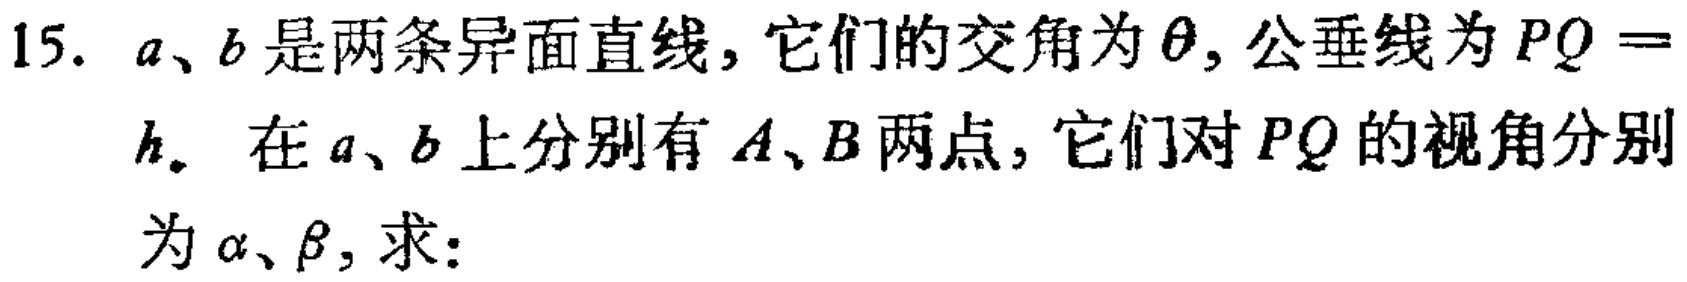
15. \(a、b\)是两条异面直线，它们的交角为\(\theta\)，公垂线为\(PQ = h\)。在\(a、b\)上分别有\(A、B\)两点，它们对\(PQ\)的视角分别为\(\alpha、\beta\)，求：